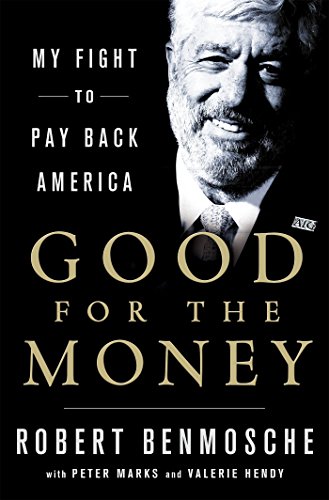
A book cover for Good for the Money: My Fight to Pay Back America; Robert Benmosche; Business & Money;